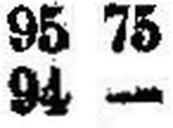
94 —